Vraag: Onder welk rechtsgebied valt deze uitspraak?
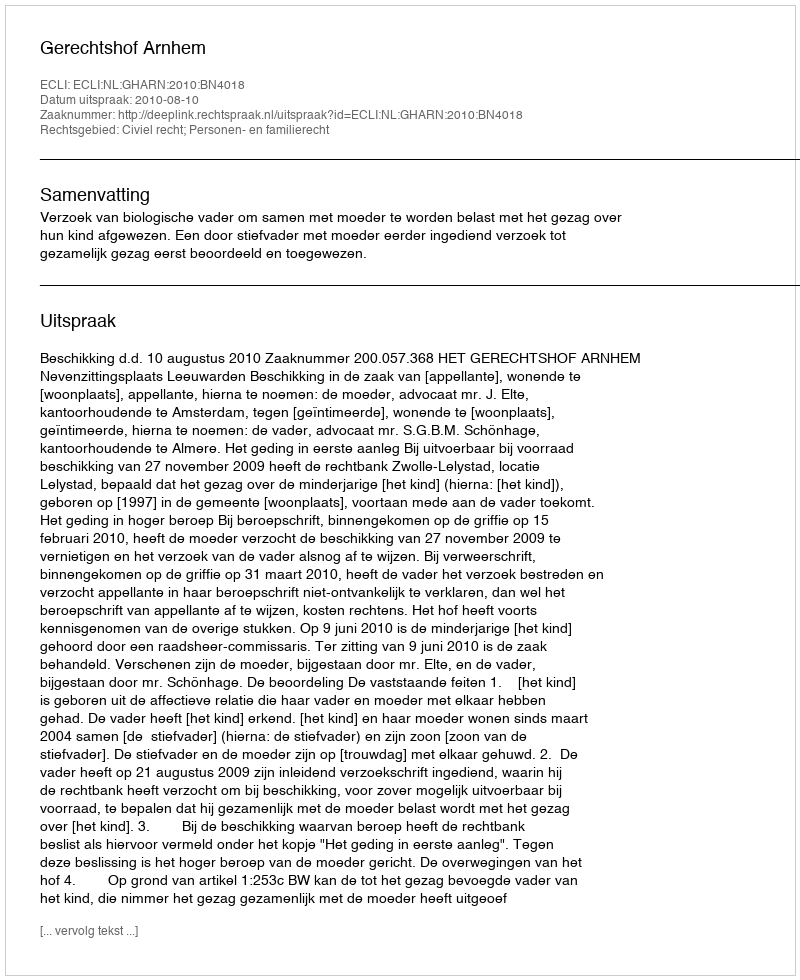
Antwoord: Civiel recht; Personen- en familierecht